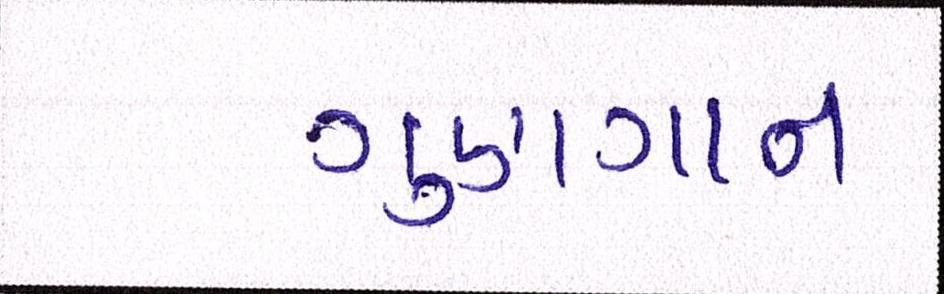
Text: ગુણગાન